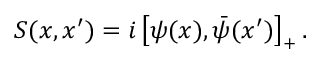
S ( x , x ^ { \prime } ) = i \left[ \psi ( x ) , \bar { \psi } ( x ^ { \prime } ) \right] _ { + } .